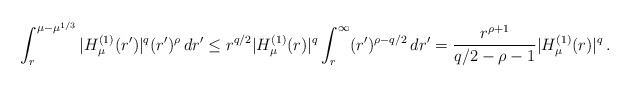
\begin{align*}\int_r^{\mu-\mu^{1/3}} |H^{(1)}_\mu(r')|^q (r')^\rho \,dr' \leq r^{q/2} |H^{(1)}_\mu(r)|^q \int_r^\infty (r')^{\rho-q/2} \,dr' = \frac{r^{\rho+1}}{q/2-\rho-1} |H^{(1)}_\mu(r)|^q \,.\end{align*}